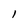
Character: l